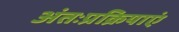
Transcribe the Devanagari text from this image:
अंतःप्रक्रियाएं